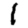
Digit: 1